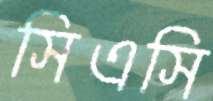
সিএসি